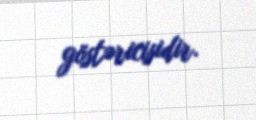
göstəricisidir.